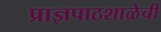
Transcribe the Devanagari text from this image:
प्राज्ञपाठशाळेची